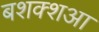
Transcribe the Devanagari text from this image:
बशक्शआ